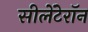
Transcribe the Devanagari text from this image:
सीलेंटेरॉन